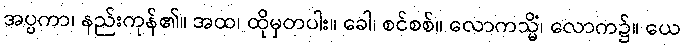
အပ္ပကာ၊ နည်းကုန်၏။ အထ၊ ထိုမှတပါး။ ခေါ၊ စင်စစ်။ လောကသ္မိံ၊ လောက၌။ ယေ